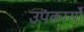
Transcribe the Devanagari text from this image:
उपकार्यों